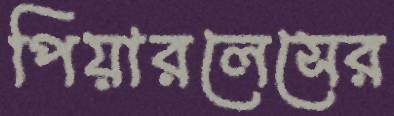
পিয়ারলেসের